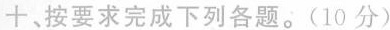
十、按要求完成下列各题.(10 分)